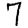
Digit: 7